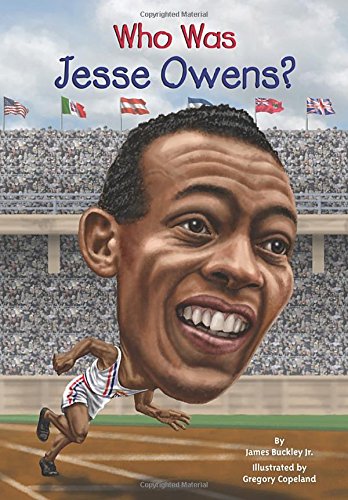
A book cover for Who Was Jesse Owens?; James Buckley; Children's Books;